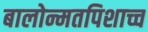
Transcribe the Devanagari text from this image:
बालोन्मतपिशाच्च